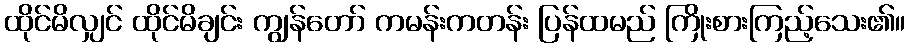
ထိုင်မိလျှင် ထိုင်မိချင်း ကျွန်တော် ကမန်းကတန်း ပြန်ထမည် ကြိုးစားကြည့်သေး၏။